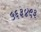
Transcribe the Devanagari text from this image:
५६३४९३